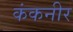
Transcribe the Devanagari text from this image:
कंकनीर